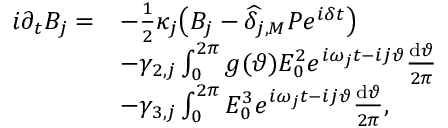
\begin{array} { r l } { i \partial _ { t } B _ { j } = } & { - \frac { 1 } { 2 } \kappa _ { j } \big ( B _ { j } - \widehat \delta _ { j , M } { \cal P } e ^ { i \delta t } \big ) } \\ & { - \gamma _ { 2 , j } \int _ { 0 } ^ { 2 \pi } g ( \vartheta ) { \cal E } _ { 0 } ^ { 2 } e ^ { i \omega _ { j } t - i j \vartheta } \frac { \mathrm { d } \vartheta } { 2 \pi } } \\ & { - \gamma _ { 3 , j } \int _ { 0 } ^ { 2 \pi } { \cal E } _ { 0 } ^ { 3 } e ^ { i \omega _ { j } t - i j \vartheta } \frac { \mathrm { d } \vartheta } { 2 \pi } , } \end{array}